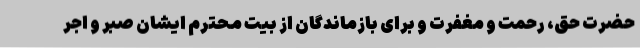
حضرت حق، رحمت و مغفرت و برای بازماندگان از بیت محترم ایشان صبر و اجر